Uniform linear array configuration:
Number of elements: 16
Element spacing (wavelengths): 0.25
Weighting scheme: kaiser
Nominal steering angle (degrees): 15
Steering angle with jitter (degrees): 13.056
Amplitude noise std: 0.05
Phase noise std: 0.05

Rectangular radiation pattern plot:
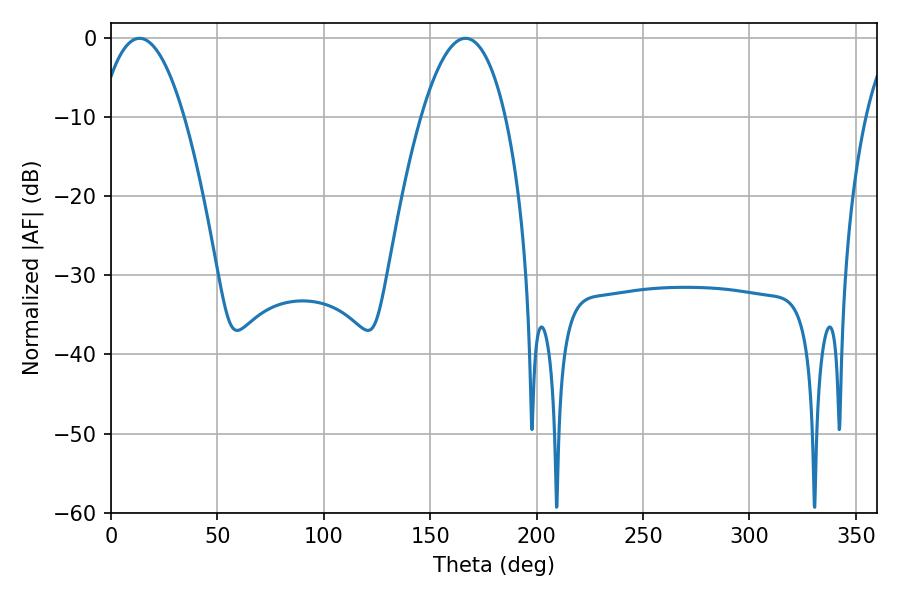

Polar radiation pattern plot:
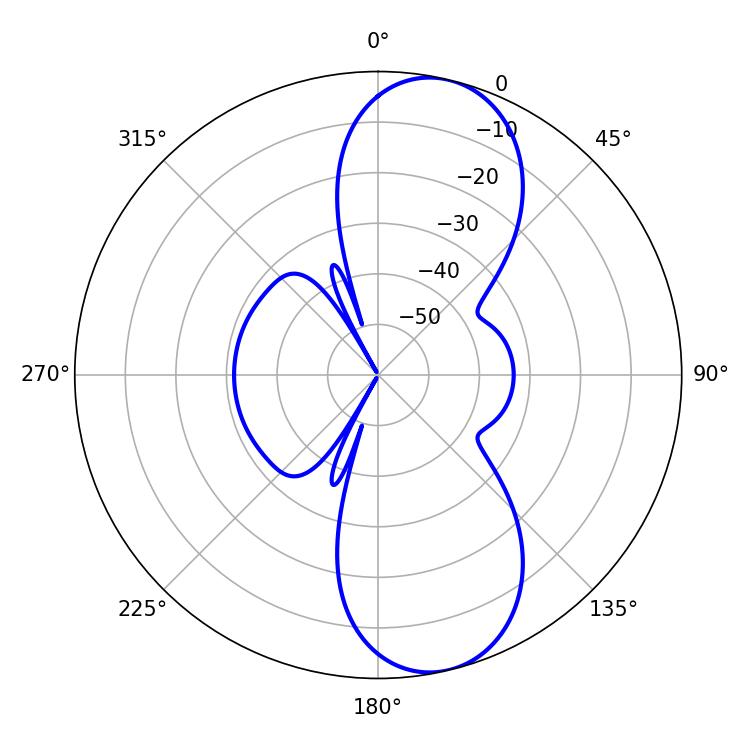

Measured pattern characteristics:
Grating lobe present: FALSE
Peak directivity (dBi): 10.076
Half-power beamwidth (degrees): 21.96
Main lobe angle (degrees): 13.5